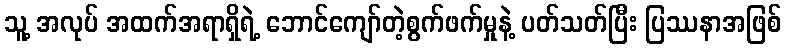
သူ့ အလုပ် အထက်အရာရှိရဲ့ ဘောင်ကျော်တဲ့စွက်ဖက်မှုနဲ့ ပတ်သတ်ပြီး ပြဿနာအဖြစ်